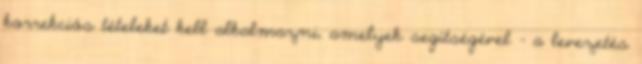
korrekciós tételeket kell alkalmazni, amelyek segítségével – a levezetés